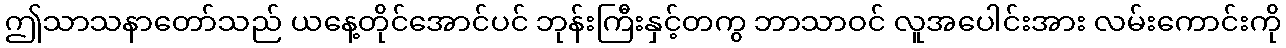
ဤသာသနာတော်သည် ယနေ့တိုင်အောင်ပင် ဘုန်းကြီးနှင့်တကွ ဘာသာဝင် လူအပေါင်းအား လမ်းကောင်းကို